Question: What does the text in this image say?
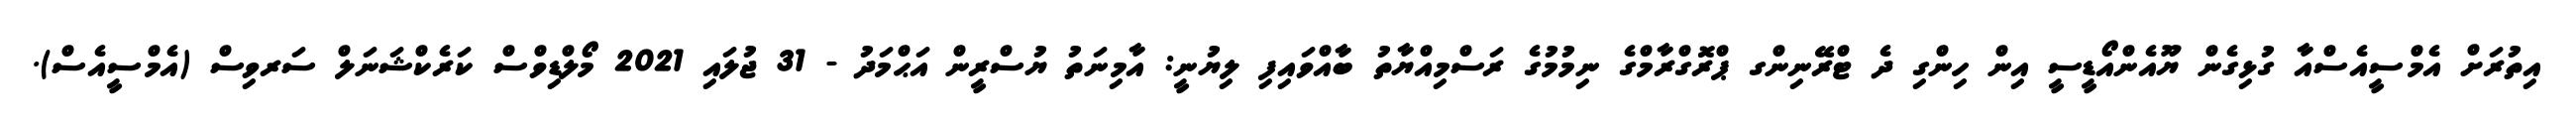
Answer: އިތުރަށް އެމްސީއެސްއާ ގުޅިގެން ޔޫއެންއޯޑީސީ އިން ހިންގި ދެ ޓްރޭނިންގ ޕްރޮގްރާމްގެ ނިމުމުގެ ރަސްމިއްޔާތު ބާއްވައިފި ލިޔުނީ: އާމިނަތު ޔުސްރީން އަޙްމަދު - 31 ޖުލައި 2021 މޯލްޑިވްސް ކަރެކްޝަނަލް ސަރވިސް (އެމްސީއެސް).